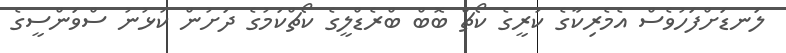
ލަނޑަށްފަހުވެސް އެމެރިކާގެ ކުރީގެ ކޯޗް ބޮބް ބްރެޑްލީގެ ކޯޗްކަމުގެ ދަށުން ކުޅުނު ސްވަންސީގެ